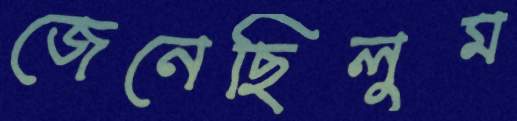
জেনেছিলুম